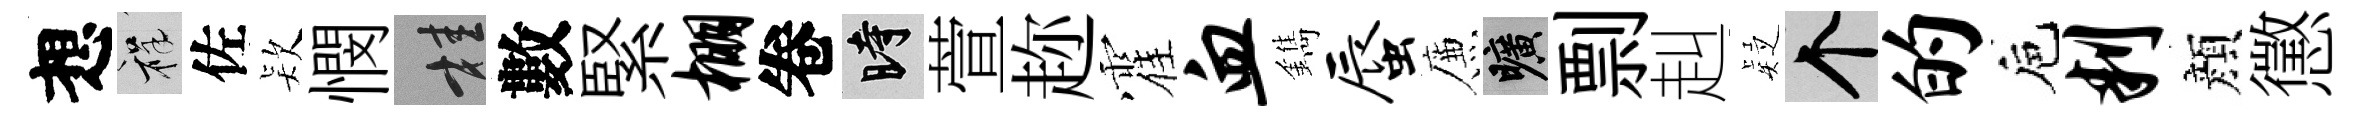
想祥佐𣣇憫桂數緊棚卷时萱趂霍血鐫蜃簾曠剽赳疑个的巵判顔懲